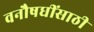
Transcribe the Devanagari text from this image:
वनौषधींसाठी